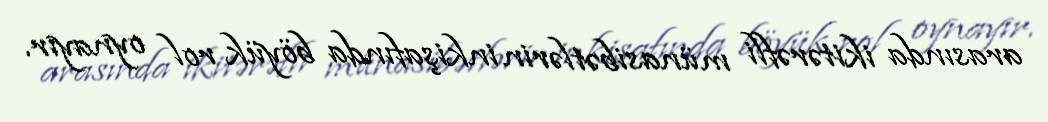
arasında ikitərəfli münasibətlərin inkişafında böyük rol oynayır.